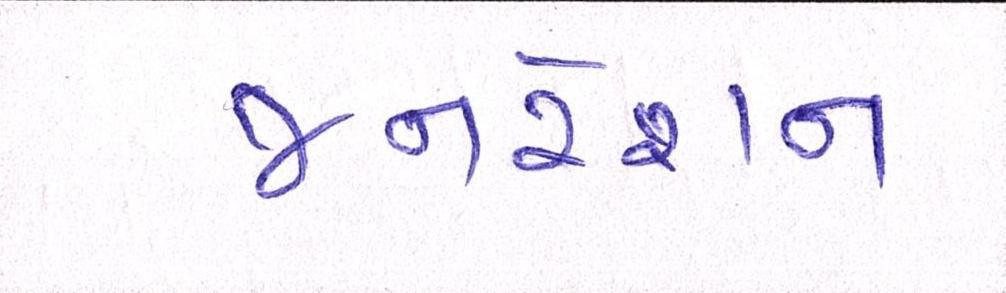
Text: જનરેશન